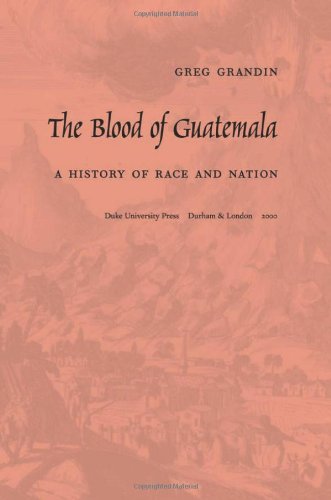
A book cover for The Blood of Guatemala: A History of Race and Nation (Latin America Otherwise); Greg Grandin; History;